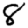
Digit: 8